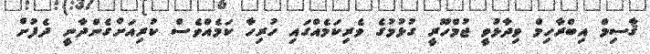
ޤާސިމް އިބްރާހިމް ވިދާޅުވީ ޖުމްހޫރީ ގުޅުމުގެ ވެރިކަމެއްގައި ހުރިހާ ކަމެއްވެސް ކުރިއަށްގެންދާނީ ދެފުށް